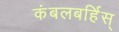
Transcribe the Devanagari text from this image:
कंबलबर्हिस्